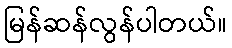
မြန်ဆန်လွန်ပါတယ်။